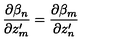
\frac { \partial \beta _ { n } } { \partial z _ { m } ^ { \prime } } = \frac { \partial \beta _ { m } } { \partial z _ { n } ^ { \prime } }